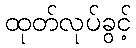
ထုတ်လုပ်ခွင့်